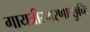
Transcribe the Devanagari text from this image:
गायत्रीस्मरणाच्छुचिः